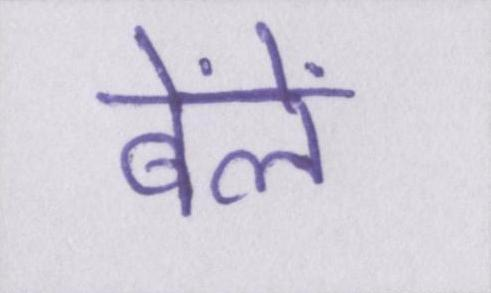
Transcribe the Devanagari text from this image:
बेंलें